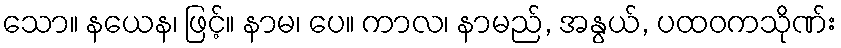
သော။ နယေန၊ ဖြင့်။ နာမ၊ ပေ။ ကာလ၊ နာမည်, အနွယ်, ပထဝကသိုဏ်း